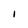
Character: I